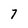
Character: 7